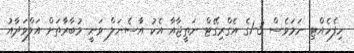
ހިފެހެއްޓި ނަމަވެސް 3-1ގެ އެގްރިގޭޓް ނަތީޖާއާ އެކު އާސެނަލް ވަނީ މުބާރާތަށް އަލްވަދާއު